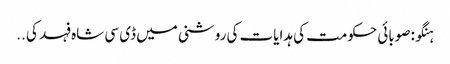
ہنگو: صوبائی حکومت کی ہدایات کی روشنی میں ڈی سی شاہ فہد کی ..